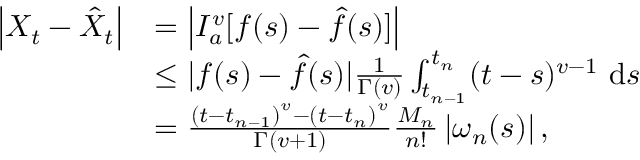
\begin{array} { r l } { \left| X _ { t } - \hat { X } _ { t } \right| } & { = \left| I _ { a } ^ { v } [ f ( s ) - \hat { f } ( s ) ] \right| } \\ & { \leq | f ( s ) - \hat { f } ( s ) | \frac { 1 } { \Gamma ( v ) } \int _ { t _ { n - 1 } } ^ { t _ { n } } ( t - s ) ^ { v - 1 } \mathrm { ~ d } s } \\ & { = \frac { \left( t - t _ { n - 1 } \right) ^ { v } - \left( t - t _ { n } \right) ^ { v } } { \Gamma ( v + 1 ) } \frac { M _ { n } } { n ! } \left| \omega _ { n } ( s ) \right| , } \end{array}